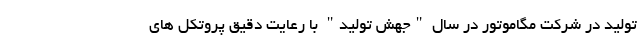
تولید در شرکت مگاموتور در سال "جهش تولید" با رعایت دقیق پروتکل های